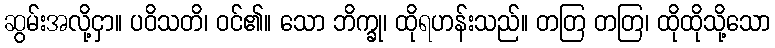
ဆွမ်းအလို့ငှာ။ ပဝိသတိ၊ ဝင်၏။ သော ဘိက္ခု၊ ထိုရဟန်းသည်။ တတြ တတြ၊ ထိုထိုသို့သော